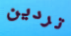
تردين